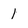
Character: 1